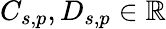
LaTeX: C_{s,p},D_{s,p}\in\mathbb{R}